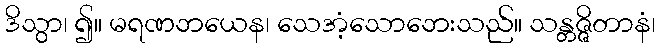
ဒိသွာ၊ ၍။ မရဏဘယေန၊ သေအံ့သောဘေးသည်။ သန္တဇ္ဇိတာနံ၊